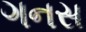
ગનસ